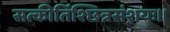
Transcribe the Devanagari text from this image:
सत्कीर्तिश्छिन्नसंशयः।।